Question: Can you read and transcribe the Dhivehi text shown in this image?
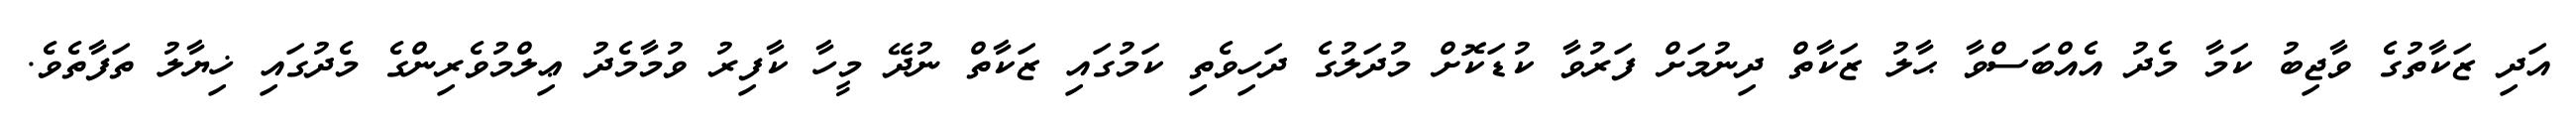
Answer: އަދި ޒަކާތުގެ ވާޖިބު ކަމާ މެދު އެއްބަސްވާ ޙާލު ޒަކާތް ދިނުމަށް ފަރުވާ ކުޑަކޮށް މުދަލުގެ ދަހިވެތި ކަމުގައި ޒަކާތް ނުދޭ މީހާ ކާފިރު ވުމާމެދު ޢިލްމުވެރިންގެ މެދުގައި ޚިޔާލު ތަފާތެވެ.